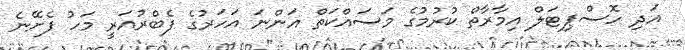
އަދި ހޮސްޕިޓަލް އިމާރާތް ކުރުމުގެ މަސައްކަތް އަންނަ އަހަރުގެ ފެބްރުއަރީ މަހު ފެށޭނެ